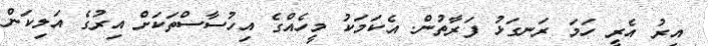
އިރު އެރީ ހަމަ ރަނގަޅު ފަރާތުން. އެކަމަކު މީހެއްގެ އިހުސާސްތަކަށް އިރުގެ އަލިކަން